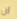
أن